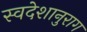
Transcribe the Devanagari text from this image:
स्वदेशानुराग